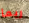
ربما